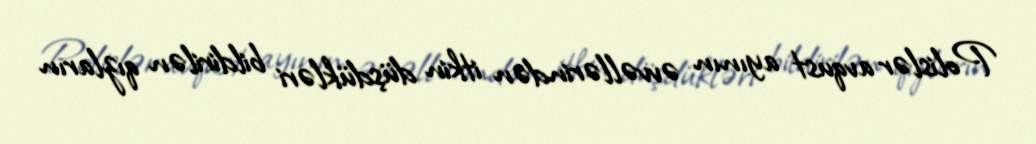
Polislər avqust ayının əvvəllərindən itkin düşdükləri bildirilən qızların